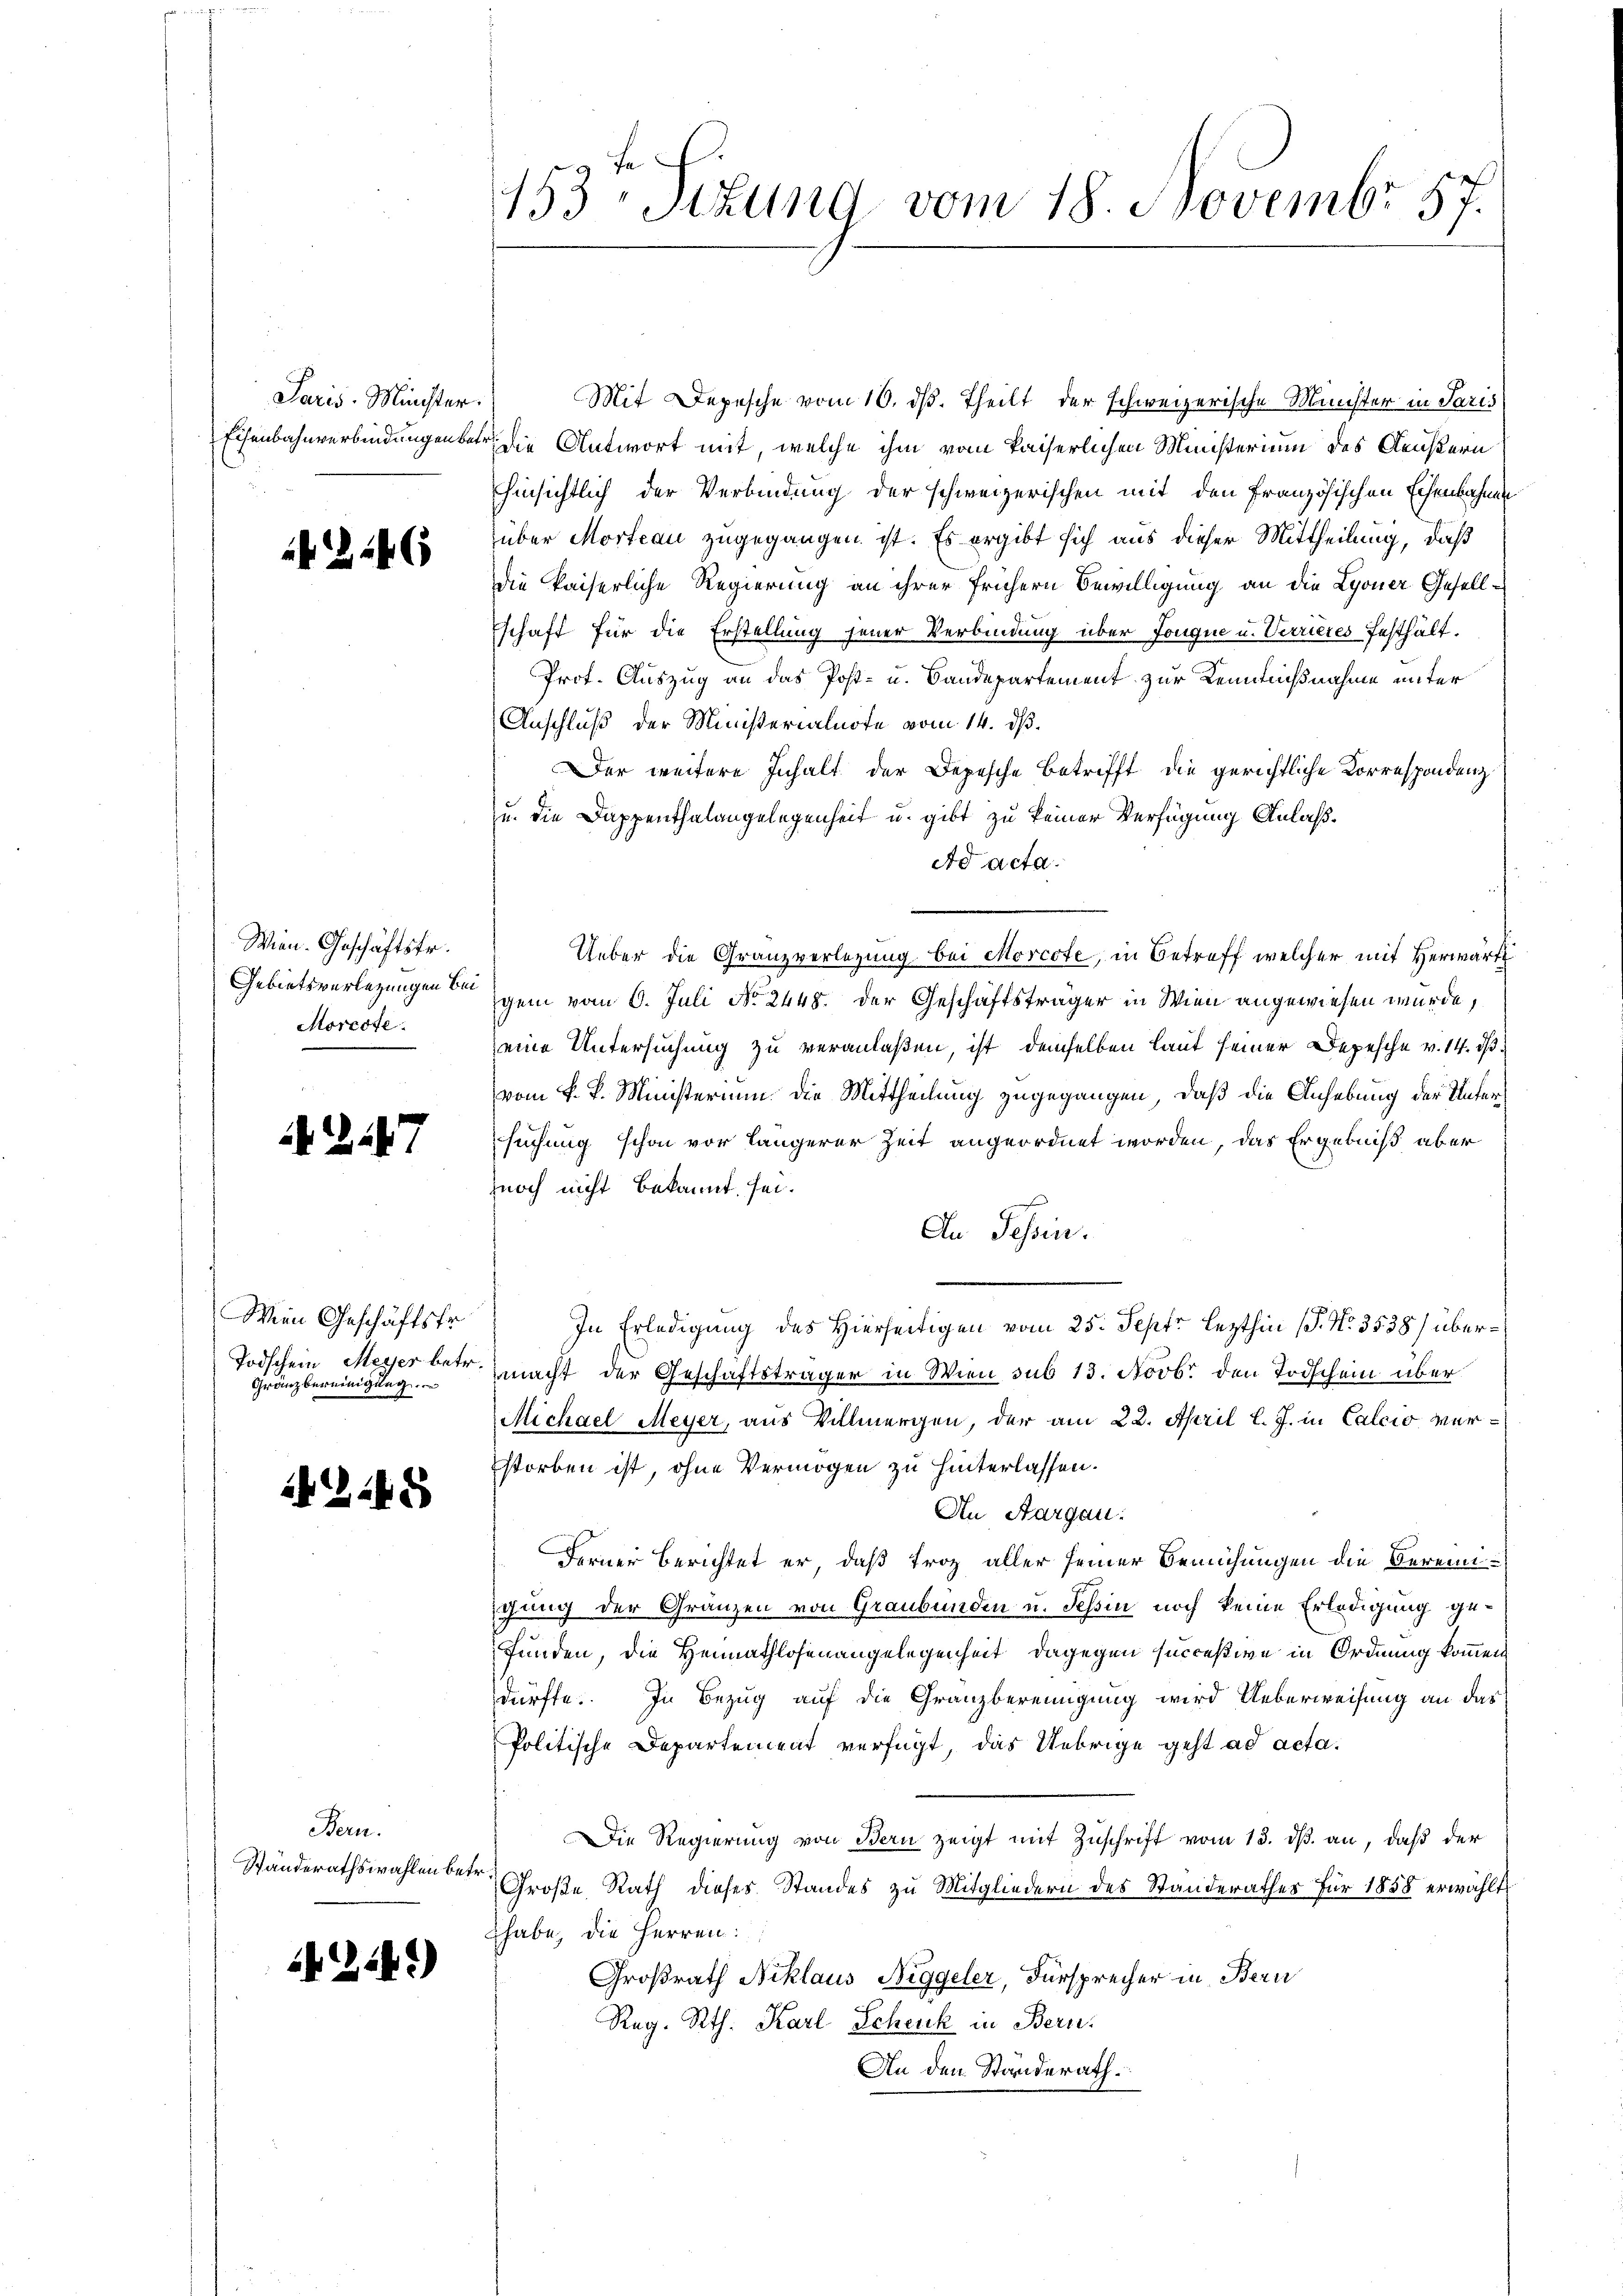
Paris-Minister.
Eisenbahnverbindungen betr

224

Wien. Geschäftsfr.
Gebietsverlegungen bei
Morecte:

147

Wien Geschäftsfr.
Todschein Meyer betr.
Gränzbereinigung

248

Bern.
Ständerathswahlen betr.

254.)

153te Situng vom 18. Novembr 57.

Mit Depesche vom 10. ds. Theilt der schweizerische Minister in Paris
u die Antwort mit, welche ihm vom kaiserlichen Ministerium des Aeußern
hinsichtlich der Verbindung der schweizerischen mit den Französischen Eisenbahnen
über Morteau zugegangen ist. Es ergibt sich aus dieser Mittheilung, daß
die kaiserliche Regierung an ihrer frühern Bewilligung an die Lyoner Gesellschaft für die Erstellung jener Verbindung über Jonque u. Verrieres festhält.
Prot. Auszug an das Post- u. Bandepartement zur Kenntnißnahme unter
Anschluß der Ministerialnote vom 14. ds.
Der weitere Inhalt der Depesche Betrifft die gerichtliche Korrespondenz
u. die Dappenthalangelegenheit u. gibt zu keiner Verfügung Anlaß¬
Ad acta.
Ueber die Granzverlegung bei Morcote, in Betreff welcher mit Herwärt
gem vom 6. Juli No 2448. der Geschäftsträger in Wien angewiesen wurde,
eine Untersuchung zu veranlaßen, ist demselben laut seiner Depesche v. 14. ds.
vom k. k. Ministerium die Mittheilung zugegangen, daß die Anhebung der Untersuchung schon vor längerer Zeit angeordnet worden, das Ergebniß aber
noch nicht bekannt sei.
An Tessin.
In Erledigung des Hierseitigen vom 25. Sept. lezthin (S. Nr. 3538) übermacht der Geschäftsträger in Wien sub 13. Novb. den Todschein über
Michael Meyer, aus Villmergen, der am 22. April l. J. in Calcio verstorben ist, ohne Vermögen zu hinterlassen.
An Aargau.
Ferner Berichtet er, daß troz aller seiner Bemühungen die Vereiniigung der Gränzen von Graubünden u. Tessin noch keine Erledigung gefunden, die Heimathlosenangelegenheit, dagegen succeßive in Ordnung kommen
dürfte. In Bezug auf die Granzbereinigung wird Ueberweisung an das
Politische Departement verfügt, das Uebrige geht ad acta.
Die Regierung von Bern zeigt mit Zuschrift vom 13. ds. an, daß der
Große Rath dieses Standes zu Mitgliedern des Standerathes für 1858 erwählt
habe, die Herren:
Großrath Niklaus Niggeler, Fürsprecher in Bern
Reg. Rth. Karl Schuck in Bern.
An den Standerath.